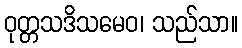
ဝုတ္တသဒိသမေဝ၊ သည်သာ။